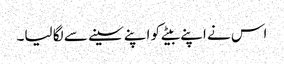
اس نے اپنے بیٹے کو اپنے سینے سے لگا لیا۔